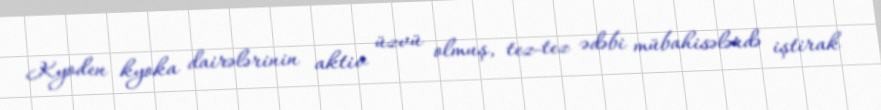
Kyoden kyoka dairələrinin aktiv üzvü olmuş, tez-tez ədəbi mübahisələrdə iştirak